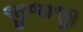
જીજાજી